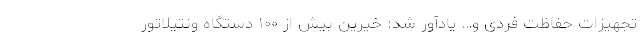
تجهیزات حفاظت فردی و… یادآور شد: خیرین بیش از ۱۰۰ دستگاه ونتیلاتور